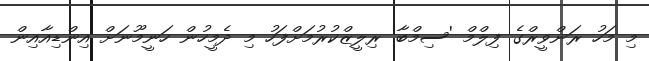
މި މަހު ރަންވީރްގެ ފިލްމް 'ސިމްބާ' ރިލީޒްކުރުމަށްފަހު މި ދެމީހުން ހަނީމޫނަށް އިންޑިއާއިން